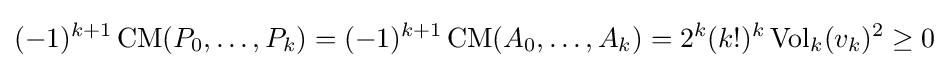
(-1)^{k+1}\operatorname {CM} (P_{0},\ldots ,P_{k})=(-1)^{k+1}\operatorname {CM} (A_{0},\ldots ,A_{k})=2^{k}(k!)^{k}\operatorname {Vol} _{k}(v_{k})^{2}\geq 0